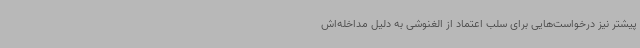
پیشتر نیز درخواست‌هایی برای سلب اعتماد از الغنوشی به دلیل مداخله‌اش